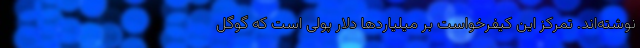
نوشته‌اند. تمرکز این کیفرخواست بر میلیاردها دلار پولی است که گوگل